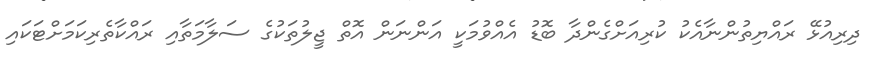
ދިރިއުޅޭ ރައްޔިތުންނާއެކު ކުރިއަށްގެންދާ ބޮޑު އެއްވުމަކީ އަންނަން އޮތް ޖީލުތަކުގެ ސަލާމަތާއި ރައްކާތެރިކަމަށްޓަކައި